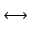
\longleftrightarrow